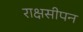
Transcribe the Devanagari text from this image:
राक्षसीपन